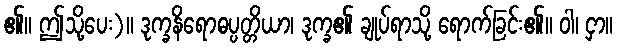
၏။ ဤသို့ပေး)။ ဒုက္ခနိရောဓပ္ပတ္တိယာ၊ ဒုက္ခ၏ ချုပ်ရာသို့ ရောက်ခြင်း၏။ ဝါ၊ ငှာ။